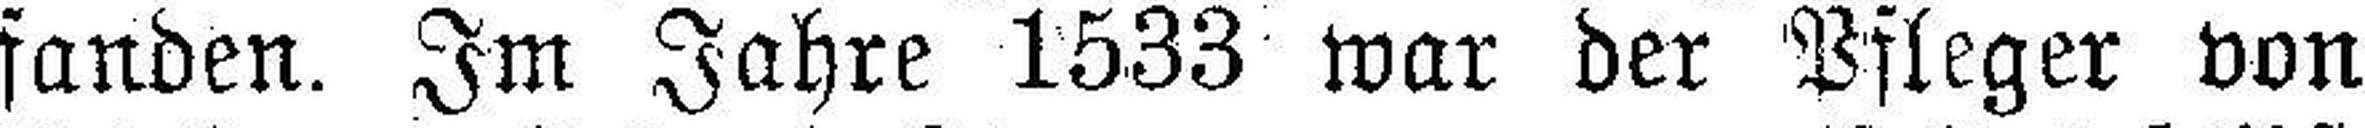
fanden. Im Jahre 1533 war der Pfleger von